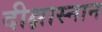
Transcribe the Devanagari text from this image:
दीक्षास्नान